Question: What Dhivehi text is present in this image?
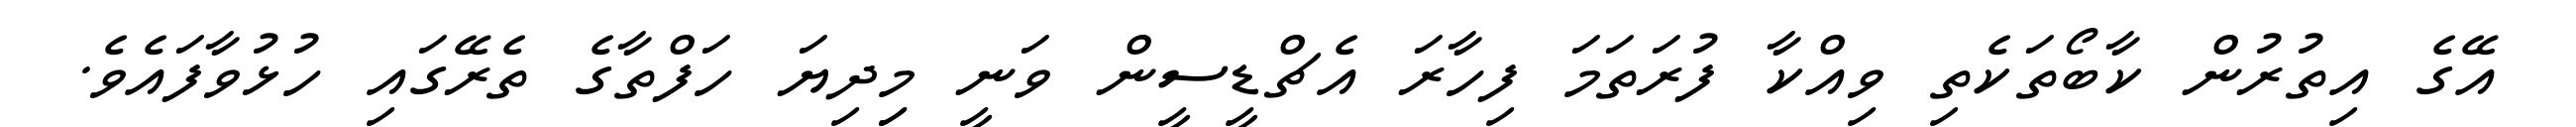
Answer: އޭގެ އިތުރުން ކާބޯތަކެތި ވިއްކާ ފުރަތަމަ ފިހާރަ އެޗްޑީސީން ވަނީ މިިދިޔަ ހަފްތާގެ ތެރޭގައި ހުޅުވާފައެވެ.